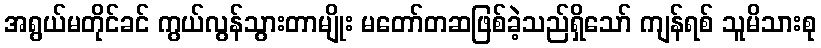
အရွယ်မတိုင်ခင် ကွယ်လွန်သွားတာမျိုး မတော်တဆဖြစ်ခဲ့သည်ရှိသော် ကျန်ရစ် သူမိသားစု